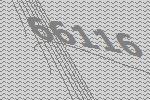
66116